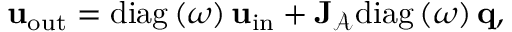
{ \ensuremath { { \mathbf { u } } } } _ { \mathrm { o u t } } = \mathrm { d i a g } \left( \boldsymbol { \omega } \right) { \ensuremath { { \mathbf { u } } } } _ { \mathrm { i n } } + { \ensuremath { \mathbf { J } } } _ { { \ensuremath { \mathcal { A } } } } \mathrm { d i a g } \left( \boldsymbol { \omega } \right) { \ensuremath { { \mathbf { q } } } } ,